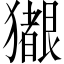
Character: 𪻊